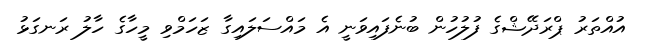
އުއްތަރު ޕްރަދޭޝްގެ ފުލުހުން ބުނެފައިވަނީ އެ މައްސަލައިގާ ޒަހަމްވި މީހާގެ ހާލު ރަނގަޅު